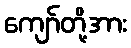
ကျော်တို့အား